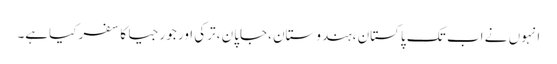
انہوں نے اب تک پاکستان ،ہندوستان ،جاپان ،ترکی اور جورجیا کا سفر کیاہے۔